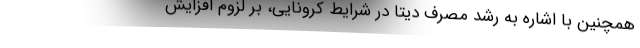
همچنین با اشاره به رشد مصرف دیتا در شرایط کرونایی، بر لزوم افزایش